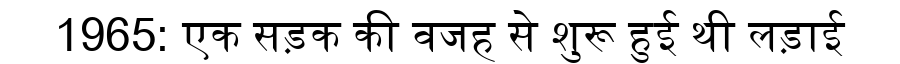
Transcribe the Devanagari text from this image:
1965: एक सड़क की वजह से शुरू हुई थी लड़ाई